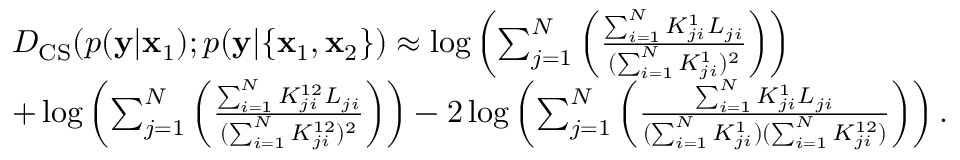
\begin{array} { r l } & { D _ { \mathrm { C S } } ( p ( \mathbf { y } | \mathbf { x } _ { 1 } ) ; p ( \mathbf { y } | \{ \mathbf { x } _ { 1 } , \mathbf { x } _ { 2 } \} ) \approx \log \left( \sum _ { j = 1 } ^ { N } \left( \frac { \sum _ { i = 1 } ^ { N } K _ { j i } ^ { 1 } L _ { j i } } { ( \sum _ { i = 1 } ^ { N } K _ { j i } ^ { 1 } ) ^ { 2 } } \right) \right) } \\ & { + \log \left( \sum _ { j = 1 } ^ { N } \left( \frac { \sum _ { i = 1 } ^ { N } K _ { j i } ^ { 1 2 } L _ { j i } } { ( \sum _ { i = 1 } ^ { N } K _ { j i } ^ { 1 2 } ) ^ { 2 } } \right) \right) - 2 \log \left( \sum _ { j = 1 } ^ { N } \left( \frac { \sum _ { i = 1 } ^ { N } K _ { j i } ^ { 1 } L _ { j i } } { ( \sum _ { i = 1 } ^ { N } K _ { j i } ^ { 1 } ) ( \sum _ { i = 1 } ^ { N } K _ { j i } ^ { 1 2 } ) } \right) \right) . } \end{array}